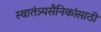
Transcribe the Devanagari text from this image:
स्वातंत्र्यसैनिकांसाठी